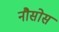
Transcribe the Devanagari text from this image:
नौसोस